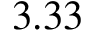
3 . 3 3